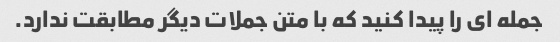
جمله ای را پیدا کنید که با متن جملات دیگر مطابقت ندارد.